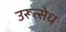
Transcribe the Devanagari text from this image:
उरूत्सेध